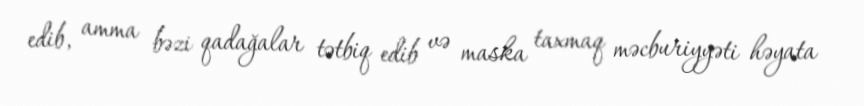
edib, amma bəzi qadağalar tətbiq edib və maska taxmaq məcburiyyəti həyata